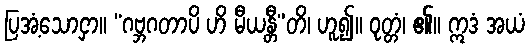
ပြအံ့သောငှာ။ “ဂဗ္ဘဂတာပိ ဟိ မီယန္တီ”တိ၊ ဟူ၍။ ဝုတ္တံ၊ ၏။ ဣဒံ အယံ